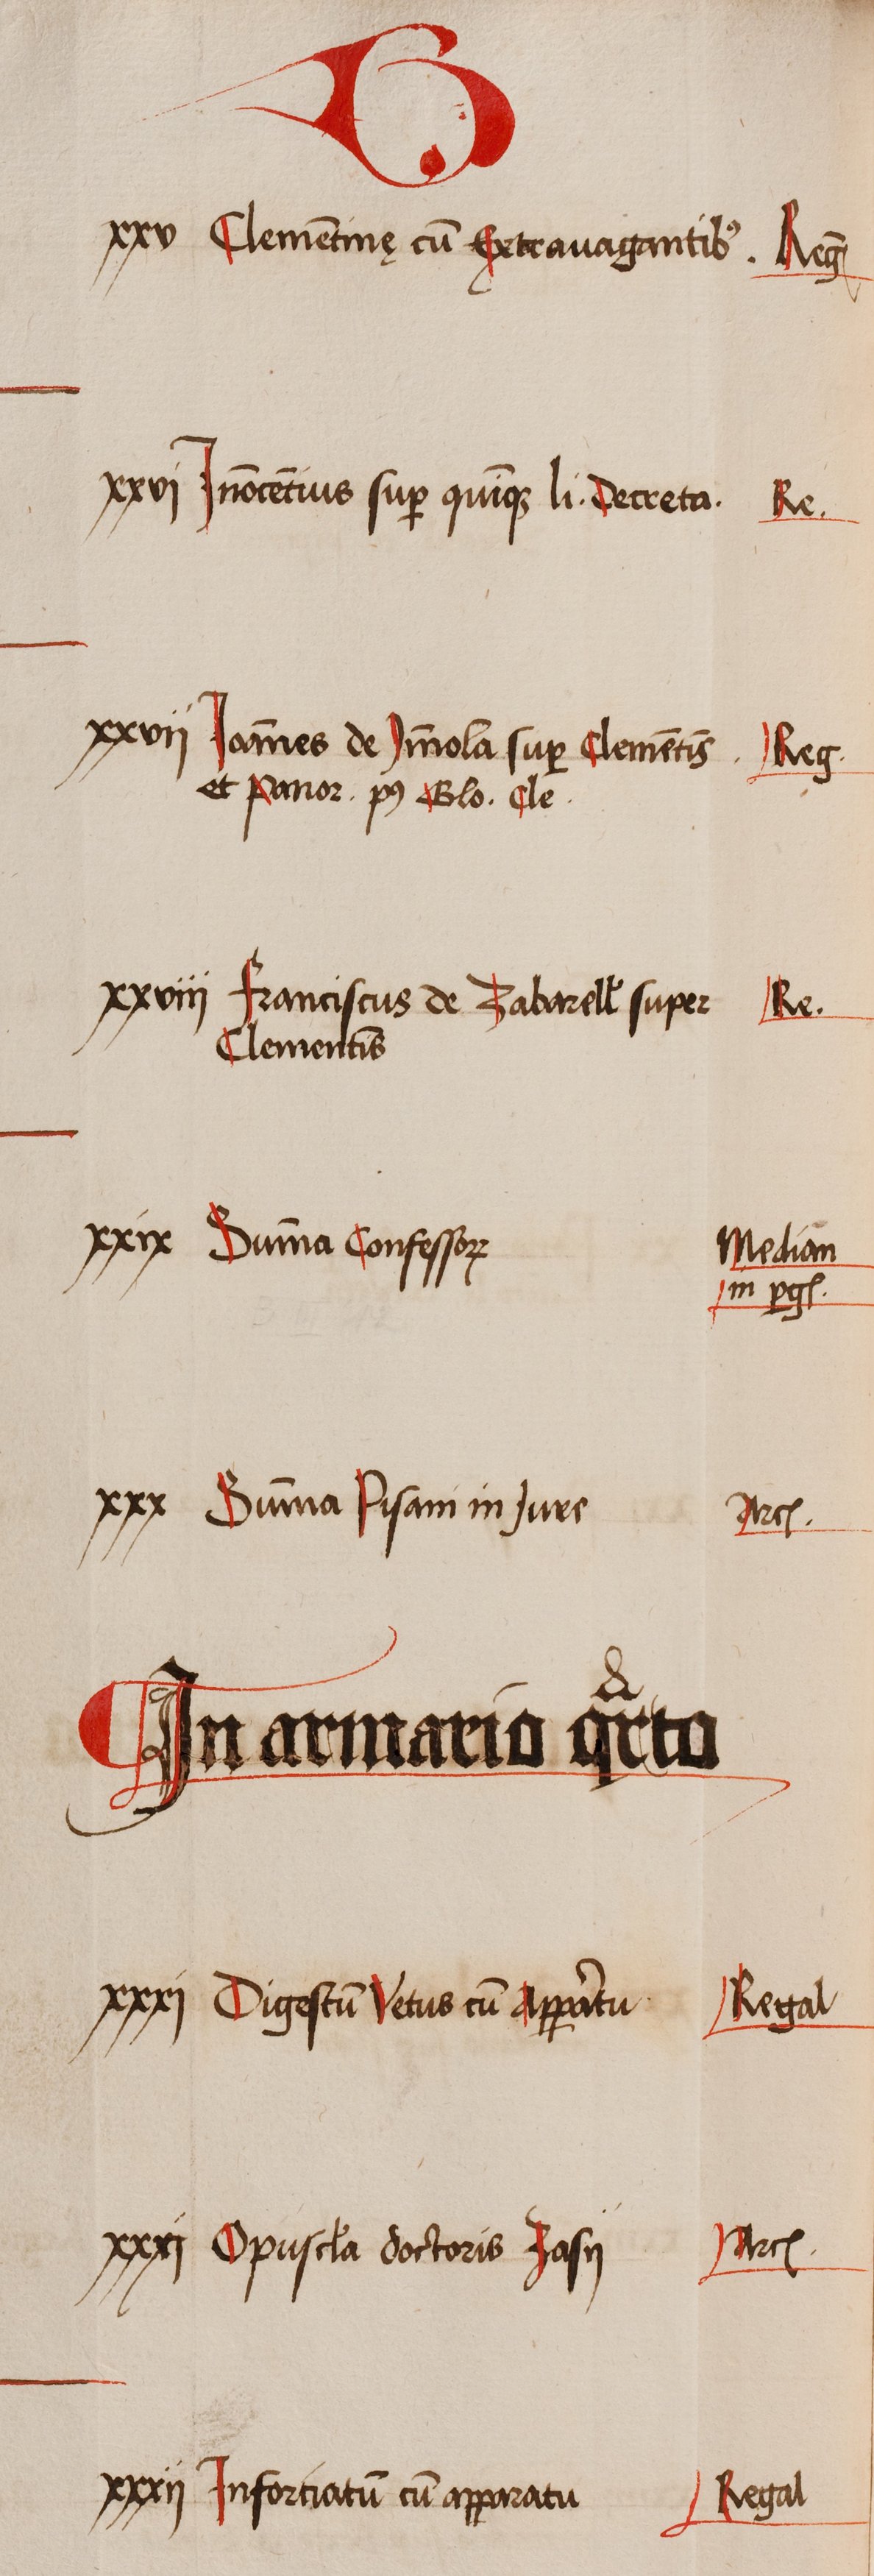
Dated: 1505–1535